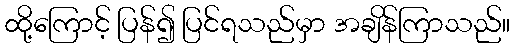
ထို့ကြောင့် ပြန်၍ ပြင်ရသည်မှာ အချိန်ကြာသည်။